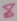
Text: 8